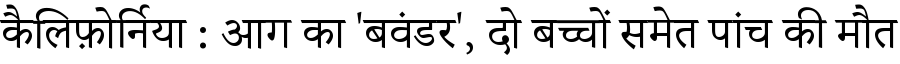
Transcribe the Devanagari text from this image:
कैलिफ़ोर्निया : आग का 'बवंडर', दो बच्चों समेत पांच की मौत